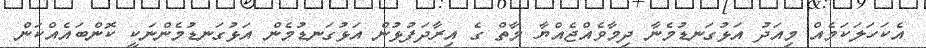
އެކަހަލަކަމެއް މިއަދު އަޅުގަނޑުމެނާ ދިމާވެއްޖެއްޔާ މާތް ގެ އިރާދަފުޅުން އަޅުގަނޑުމެން އަޅުގަނޑުމެންނަކީ ކޮންބައެއްކަން